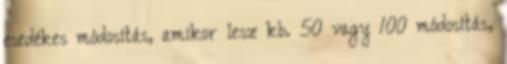
esedékes módosítás, amikor lesz kb. 50 vagy 100 módosítás,